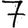
Digit: 7